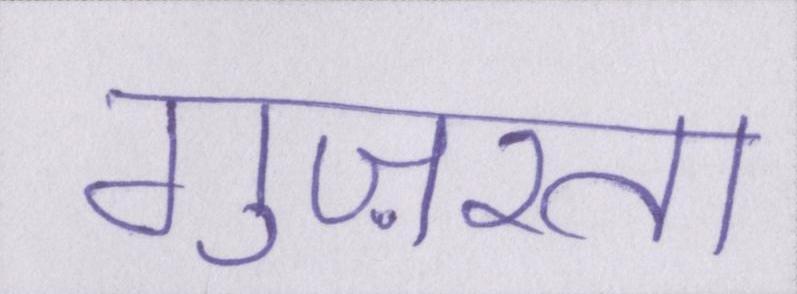
गुज़रता